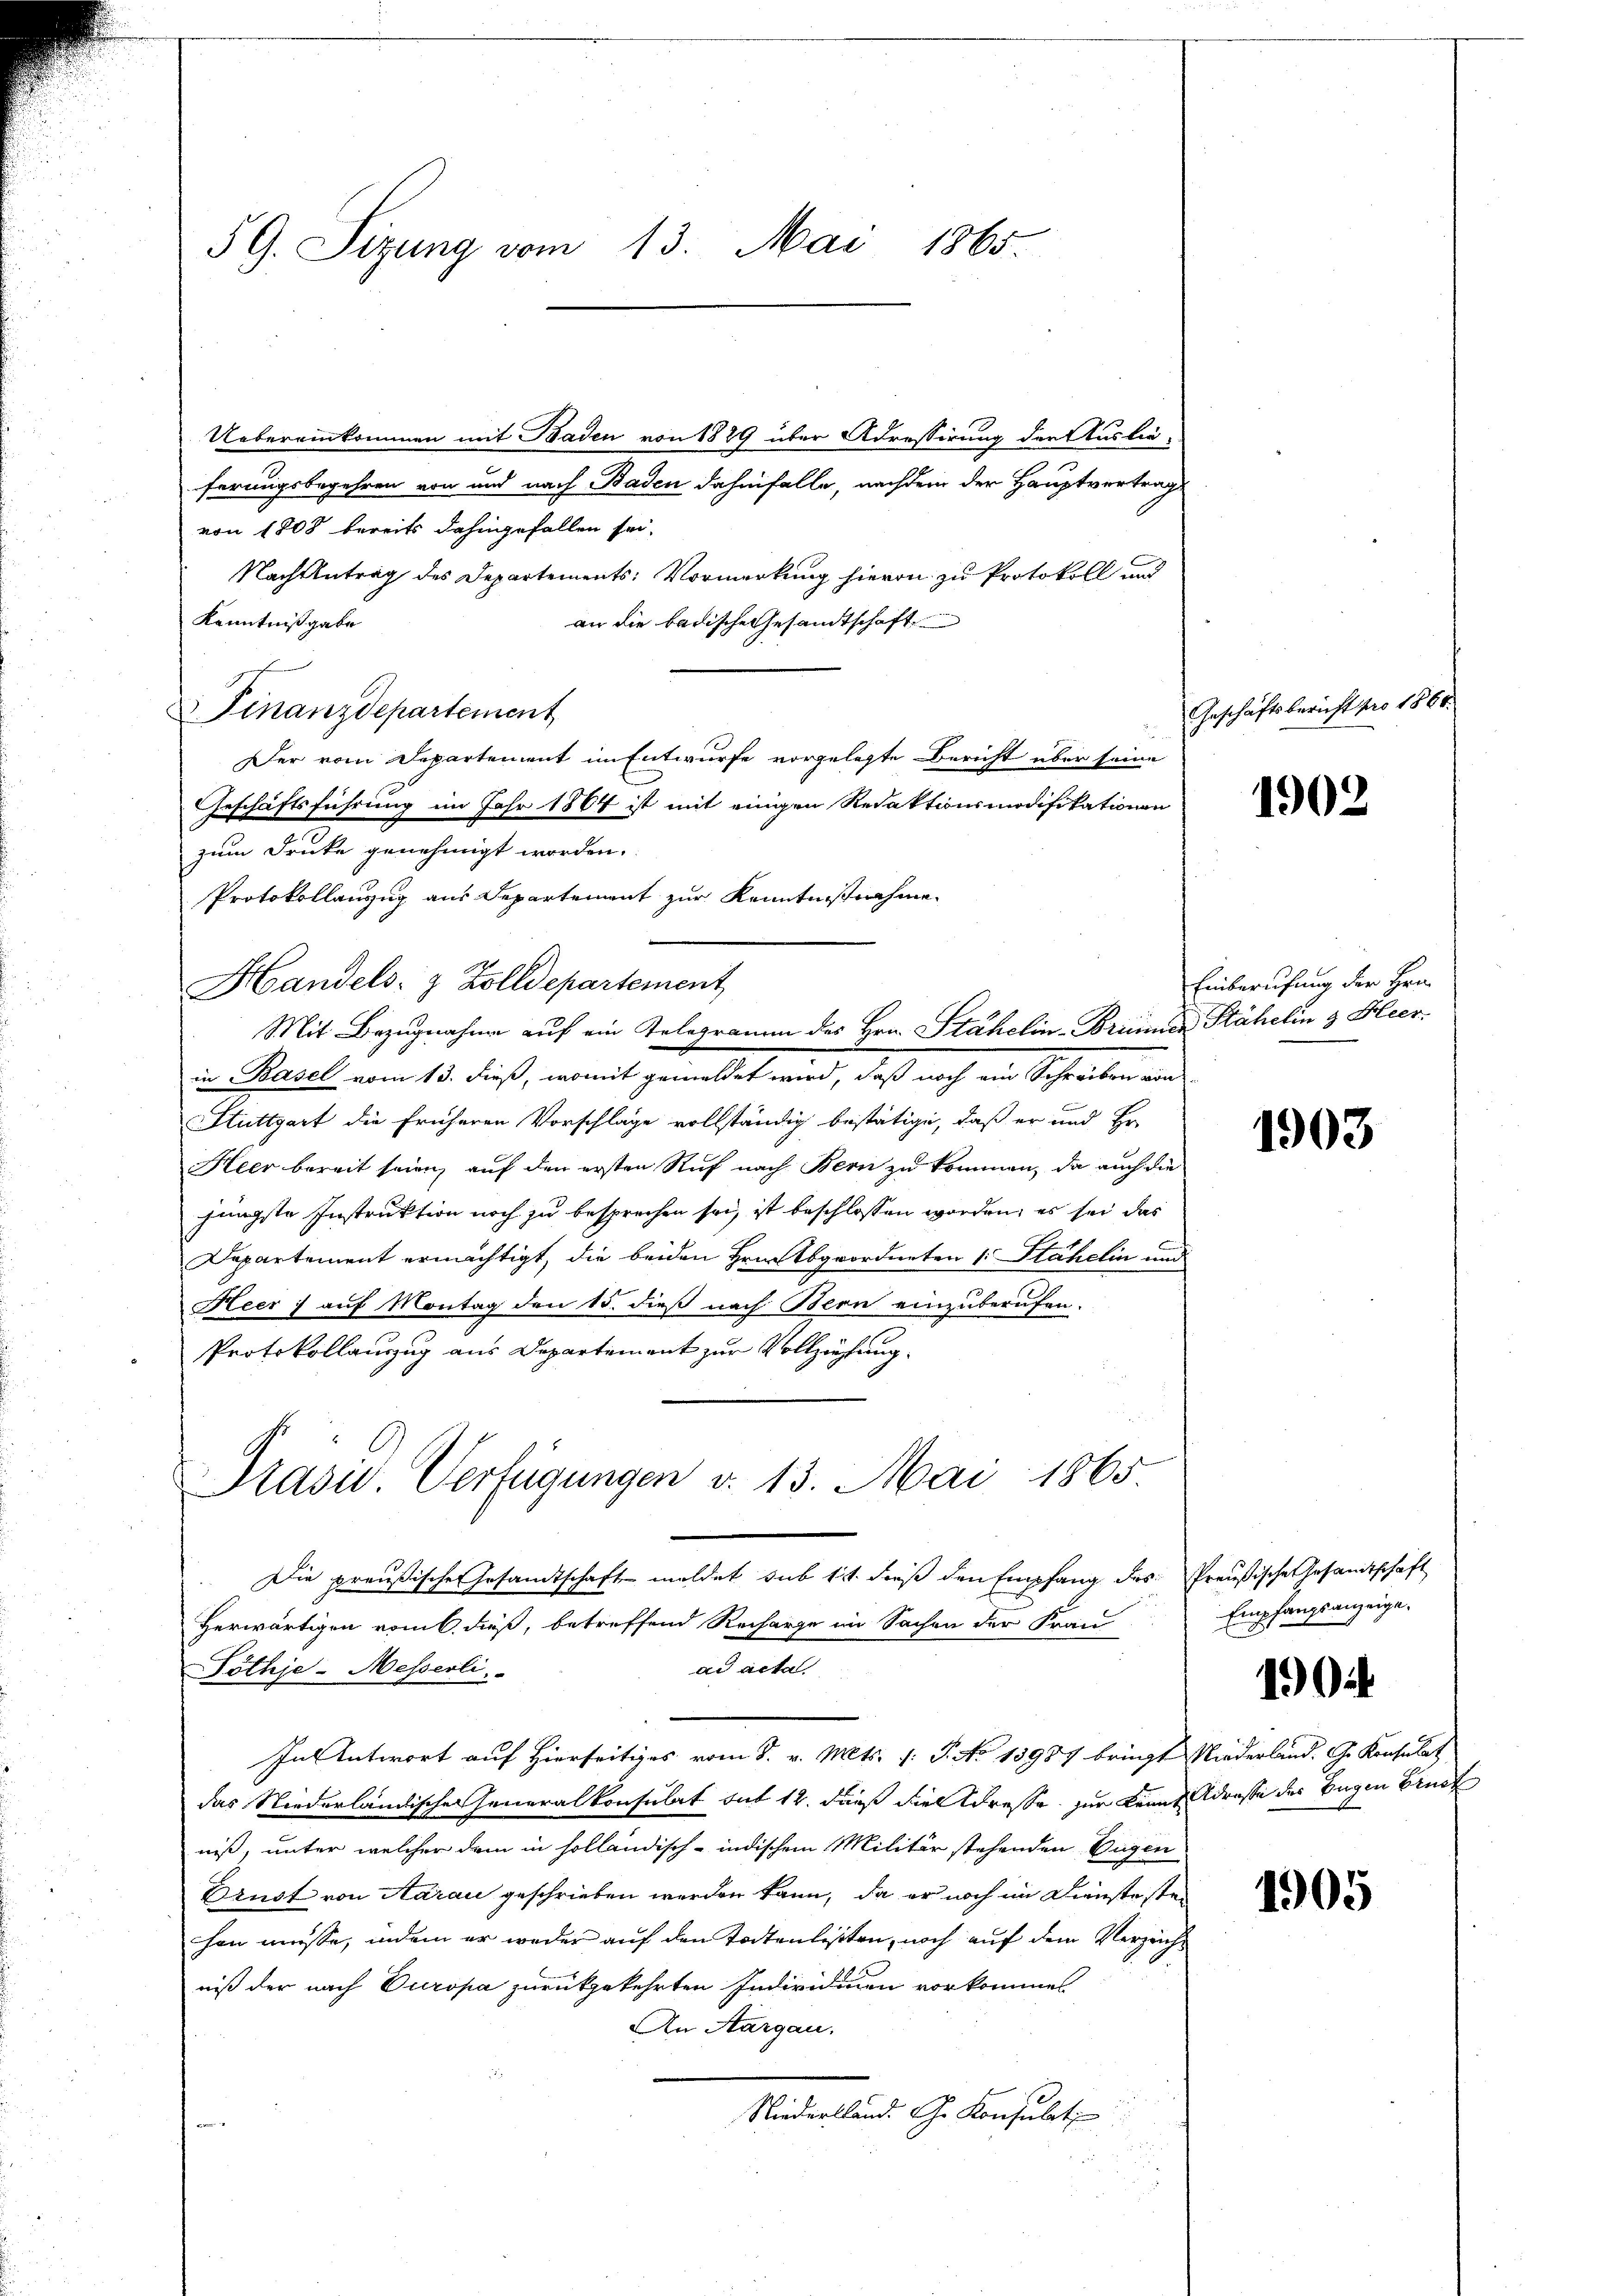
Uebereinkommen mit Baden von 1829 über Adressirung der Auslie-
ferungsbegehren von und nach Baden dahinfalle, nachdem der Hauptvertrag
von 1808 bereits dahingefallen sei,
Nachzutrag des Departements: Vormerkung hievon zu Protokoll und
Kenntnißgabe
an die badische Gesandtschaft
Finanzdepartement
Der vom Departement im Entwurfe vorgelegte Bericht über seine
Geschäftsführung im Jahr 1864 ist mit einigen Redaktionsmodifikationen
zum Druke genehmigt worden.
Protokollanzug aus Departement zur Kenntnisnahme
Handels- & Zolldepartement
Mit Bezugnahme auf ein Telegramm des Hrn. Stähelin-Briunter Stähelin & Heer.
i Pausel, vom 15. dieß, womit gemeldet wird, daß auch in Schreiben and
Stuttgart die früheren Vorschläge vollständig bestätige, daß er und Er
Heer bereit seien, auf den ersten Ruf nach Bern zu kommen, da auch die
jüngste Instruktion noch zu besprechen sei, ist beschlossen worden, es sei das
Departement ermächtigt, die beiden Hrn. Abgeordneten 1. Stähelin und
Heer :/ auf Montag den 15. dieß nach Bern einzuberufen.
Protokollauszug aus Departement zur Vollziehung.
Präsii Verfügungen v. 13. Mai 1865

59. Sizung vom 13. Mai 1865.

Die preußische Gesandtschaft meldet sub 14. dieß den Empfang des Preußische Gesandtschaft
Herwärtigen vom 6. dieß, betreffend Recharge im Sachen der Frau
ad actal
Töthje-Messerli
In Antwort auf Hierseitiges vom 8. v. Mts. 1. P. No 13987 bringt Niederland. G. Konsulat
das Niederländischen Generalkonsulat mit 12. dieß die Adresse, zur Kennt Adresse des Eugen Bruck
niß, unter welcher dem in holländisch-indischem Militär stehenden Eugen
Brust von Aarau geschrieben werden kann, da er noch im Dienstesten
hen müsse, indem er weder auf den Todtenlisten, noch auf dem Verzeichniß der nach Europa zurückgekehrten Individuen vorkommen
An Aargau.
Niederland. G. Konsult
fen

Geschäftsbericht pro 1864.

1902

Einberufung der Hrn.

1903

Empfangsanzeige.

1904

1905